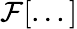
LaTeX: \mathcal{F}[...]